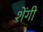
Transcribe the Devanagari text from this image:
शेंगी